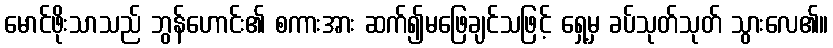
မောင်ဖိုးသာသည် ဘွန်ဟောင်း၏ စကားအား ဆက်၍မဖြေချင်သဖြင့် ရှေ့မှ ခပ်သုတ်သုတ် သွားလေ၏။